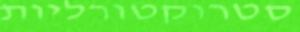
סטרוקטורליות